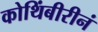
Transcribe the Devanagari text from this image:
कोथिंबीरीनं